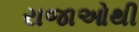
રાજાઓથી